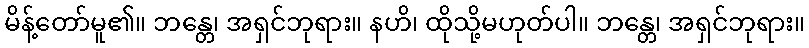
မိန့်တော်မူ၏။ ဘန္တေ၊ အရှင်ဘုရား။ နဟိ၊ ထိုသို့မဟုတ်ပါ။ ဘန္တေ၊ အရှင်ဘုရား။